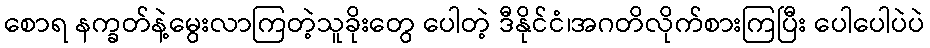
စောရ နက္ခတ်နဲ့မွေးလာကြတဲ့သူခိုးတွေ ပေါတဲ့ ဒီနိုင်ငံ၊အဂတိလိုက်စားကြပြီး ပေါပေါပဲပဲ